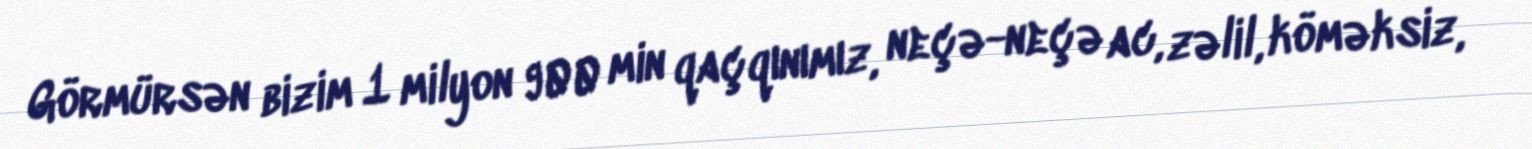
Görmürsən bizim 1 milyon 900 min qaçqınımız, neçə-neçə ac, zəlil, köməksiz,